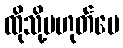
ထိုသို့မဟုတ်ပေ